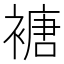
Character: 𮖩